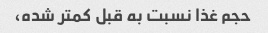
حجم غذا نسبت به قبل کمتر شده،